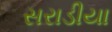
સરાડીયા